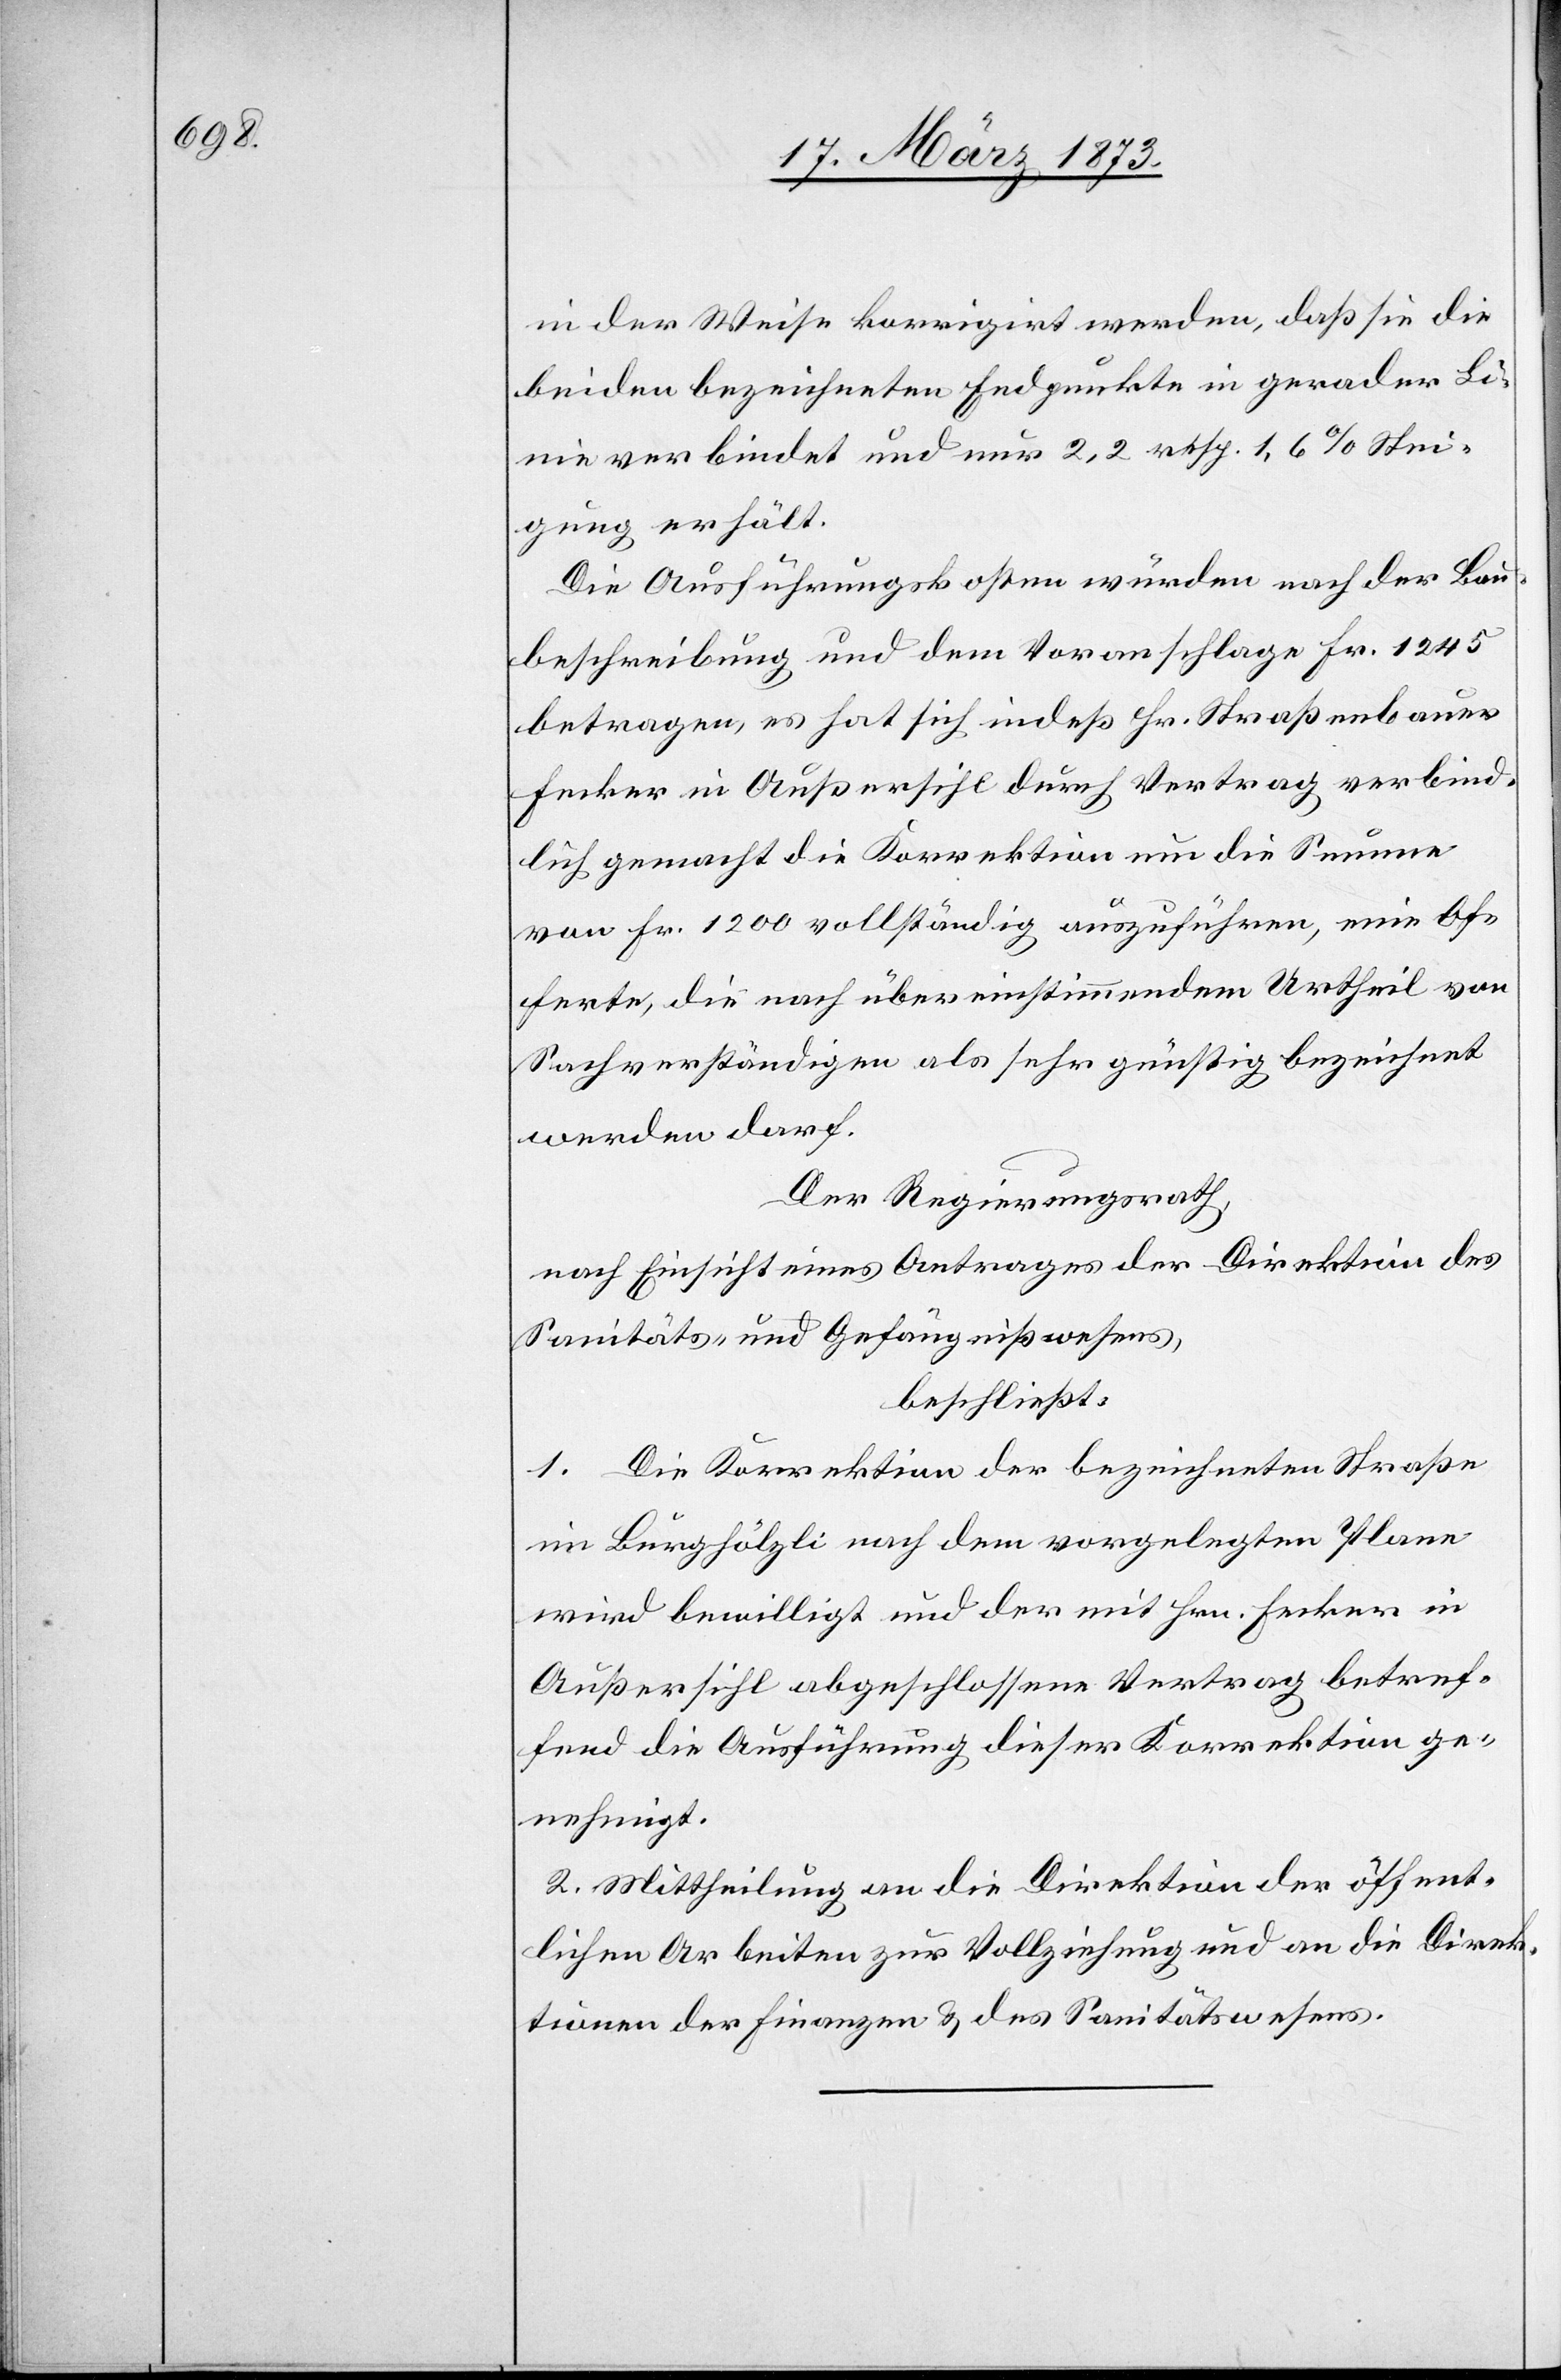
in der Weise korrigirt werden, daß sie die
beiden bezeichneten Endpunkte in gerader Li¬
nie verbindet und nur 2,2 resp. 1,6% Stei¬
gung erhält.
Die Ausführungskosten würden nach der Bau¬
beschreibung und dem Voranschlage Fr. 1245
betragen, es hat sich indeß Hr. Straßenbauer
Fecker in Außersihl durch Vertrag verbind¬
lich gemacht die Korrektion um die Summe
von Fr. 1200 vollständig auszuführen, eine Of¬
ferte, die nach übereinstimmendem Urtheil von
Sachverständigen als sehr günstig bezeichnet
werden darf.
Der Regierungsrath,
nach Einsicht eines Antrages der Direktion des
Sanitäts- und Gefängnißwesens,
beschließt:
1. Die Korrektion der bezeichneten Straße
im Burghölzli nach dem vorgelegten Plane
wird bewilligt und der mit Hrn. Fecker in
Außersihl abgeschlossene Vertrag betref¬
fend die Ausführung dieser Korrektion ge¬
nehmigt.
2. Mittheilung an die Direktion der öffent¬
lichen Arbeiten zur Vollziehung und an die Direk¬
tionen der Finanzen u. des Sanitätswesens.